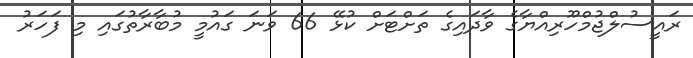
ރައީސުލްޖުމްހޫރިއްޔާގެ ވާދައިގެ ތަށްޓަށް ކުޅޭ 66 ވަނަ ގައުމީ މުބާރާތުގައި މި ފަހަރު